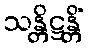
သန္တိဋ္ဌန္တိံ